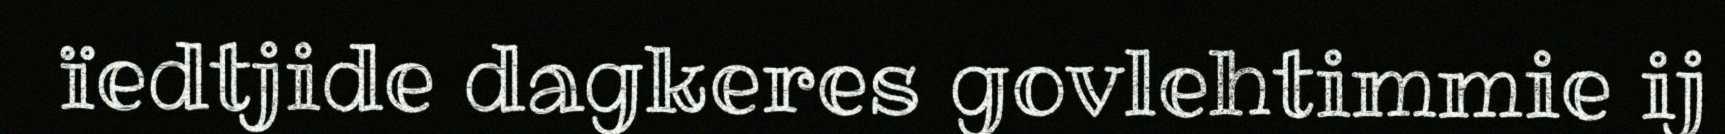
ïedtjide dagkeres govlehtimmie ij